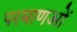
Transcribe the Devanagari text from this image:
परमाणओं